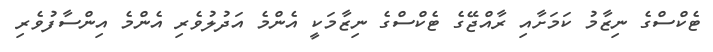
ޓެކްސްގެ ނިޒާމު ކަމަށާއި ރާއްޖޭގެ ޓެކްސްގެ ނިޒާމަކީ އެންމެ އަދުލުވެރި އެންމެ އިންސާފުވެރި